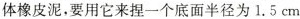
体橡皮泥，要用它来捏一个底面半径为1.5cm